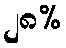
၂၈%